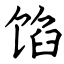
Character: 馅